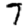
Digit: 7